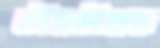
ঘৌড়দৌড়ের